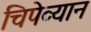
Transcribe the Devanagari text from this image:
चिपेव्यान